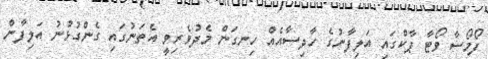
ފޯމޯސާ ވޯޓާ ޕާކްގައި އަލިފާނުގެ ހާދިސާއެއް ހިނގަން މެދުވެރިވީ އެތަނުގައި ގެންގުޅުނު އަލިފާން